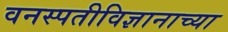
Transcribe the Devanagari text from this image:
वनस्पतीविज्ञानाच्या